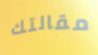
مقالتك